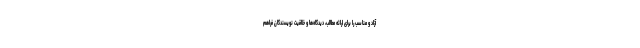
آزاد و مناسب را برای ارائه مطالب، دیدگاه‌ها و خلاقیت نویسندگان فراهم